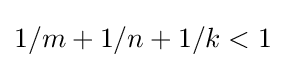
1/m+1/n+1/k<1